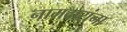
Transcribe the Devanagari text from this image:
नामदारांना